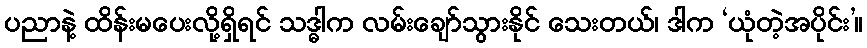
ပညာနဲ့ ထိန်းမပေးလို့ရှိရင် သဒ္ဓါက လမ်းချော်သွားနိုင် သေးတယ်၊ ဒါက ‘ယုံတဲ့အပိုင်း’။